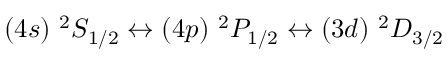
( 4 s ) ~ ^ { 2 } S _ { 1 / 2 } \leftrightarrow ( 4 p ) ~ ^ { 2 } P _ { 1 / 2 } \leftrightarrow ( 3 d ) ~ ^ { 2 } D _ { 3 / 2 }